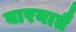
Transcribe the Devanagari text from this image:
वारयातै